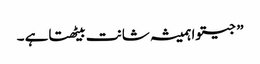
” جیتوا ہمیشہ شانت بیٹھتاہے ۔